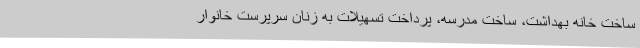
ساخت خانه بهداشت، ساخت مدرسه، پرداخت تسهیلات به زنان سرپرست خانوار